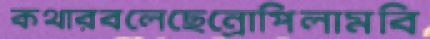
কথারবলেছেন্রোপিলামবি